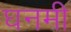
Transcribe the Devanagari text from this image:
घनमी